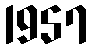
1957